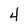
Character: 4